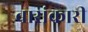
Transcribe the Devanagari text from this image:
बासंकारी